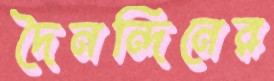
দৈনন্দিনের